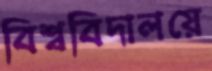
বিশ্ববিদালয়ে